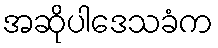
အဆိုပါဒေသခံက